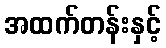
အထက်တန်းနှင့်